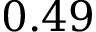
0 . 4 9